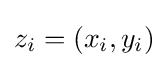
z_{i}=(x_{i},y_{i})